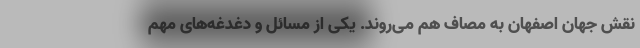
نقش جهان اصفهان به مصاف هم می‌روند. یکی از مسائل و دغدغه‌های مهم